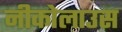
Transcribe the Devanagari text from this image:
नीकोलाउस